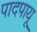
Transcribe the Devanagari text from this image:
पादपायू